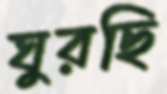
ঘুরছি